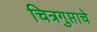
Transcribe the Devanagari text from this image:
चित्रगुप्ताचे